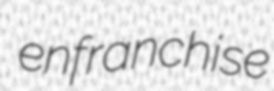
enfranchise